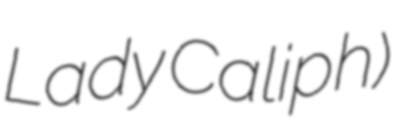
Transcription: Lady Caliph)